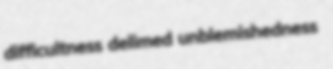
difficultness delimed unblemishedness